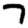
Digit: 7